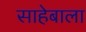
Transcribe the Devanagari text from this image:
साहेबाला